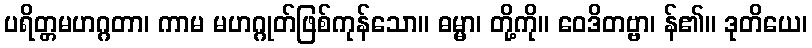
ပရိတ္တမဟဂ္ဂတာ၊ ကာမ မဟဂ္ဂုတ်ဖြစ်ကုန်သော။ ဓမ္မာ၊ တို့ကို။ ဝေဒိတဗ္ဗာ၊ န်၏။ ဒုတိယေ၊